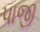
પાજી